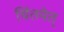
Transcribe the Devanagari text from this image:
चिंतयेत्